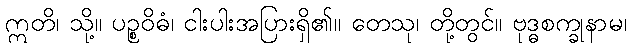
ဣတိ၊ သို့။ ပဉ္စဝိဓံ၊ ငါးပါးအပြားရှိ၏။ တေသု၊ တို့တွင်။ ဗုဒ္ဓစက္ခုနာမ၊